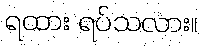
ရထား ရပ်သလား။